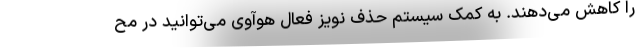
را کاهش می‌دهند. به کمک سیستم حذف نویز فعال هوآوی می‌توانید در مح